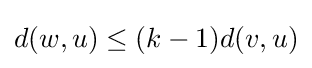
d(w,u)\leq (k-1)d(v,u)